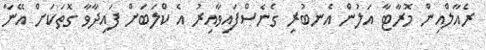
ރެއާލްއިން މޮރާޓާ އަލުން އެނބުރި ގެނެސްފައިވާއިރު އެ ކްލަބަށް ފައިދާވާ ގޮތަކަށް އޭނާ